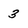
Character: 3